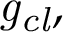
{ \mathit { g _ { c l } } } ,